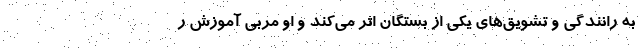
به رانندگی و تشویق‌های یکی از بستگان اثر می‌کند و او مربی آموزش ر